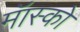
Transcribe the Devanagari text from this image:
मॅास्को